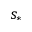
s _ { * }